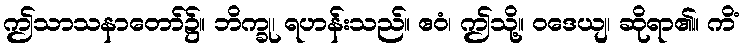
ဤသာသနာတော်၌။ ဘိက္ခု၊ ရဟန်းသည်။ ဧဝံ၊ ဤသို့။ ဝဒေယျ၊ ဆိုရာ၏။ ကိံ